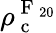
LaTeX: \rho_{\mathrm{~c~}}^{\mathrm{~F~}_{20}}